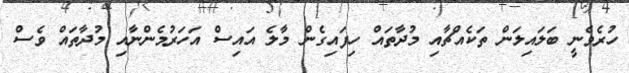
ހުރެވެނީ ބަލައިލަން ތަކެއްޗާއި މުދާތައް ހިފަައިގެން މާލެ އައިސް އަހަރުމެންނާއި މުދާތައް ވެސް